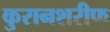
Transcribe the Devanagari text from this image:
कुरानशरीफ